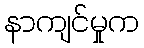
နာကျင်မှုက